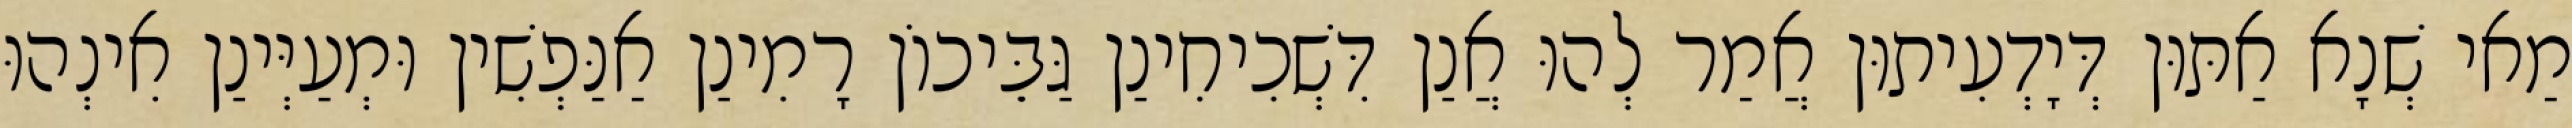
מַאי שְׁנָא אַתּוּן דְּיָדְעִיתוּן אֲמַר לְהוּ אֲנַן דִּשְׁכִיחִינַן גַּבֵּיכוֹן רָמִינַן אַנַּפְשִׁין וּמְעַיְּינַן אִינְהוּ